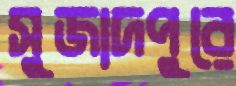
সুজাদপুরে